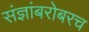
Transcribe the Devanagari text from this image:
संज्ञांबरोबरच